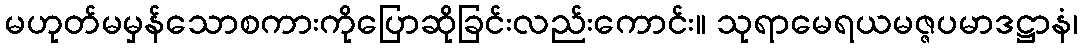
မဟုတ်မမှန်သောစကားကိုပြောဆိုခြင်းလည်းကောင်း။ သုရာမေရယမဇ္ဇပမာဒဋ္ဌာနံ၊